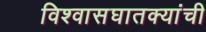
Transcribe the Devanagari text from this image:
विश्वासघातक्यांची